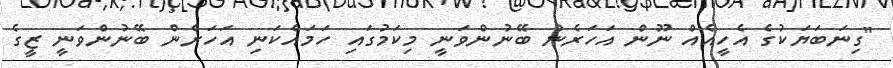
"ގިނަބަޔަކުގެ އެހީއެއް ނޫން އަހަރެން ބޭނުންވަނީ މިކަމުގައި ހަމައެކަނި އަހަރެން ބޭނުންވަނީ ޒީގެ